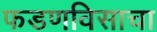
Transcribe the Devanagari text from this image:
फडणविसाचा